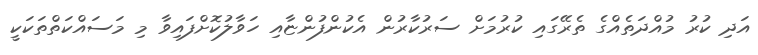
އަދި ކުރު މުއްދަތެއްގެ ތެރޭގައި ކުރުމަށް ސަރުކާރުން އެކުންފުންޏާއި ހަވާލުކޮށްފައިވާ މި މަސައްކަތްތަކަކީ